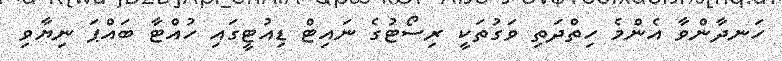
ހަނދާންވާ އެންމެ ހިތްދަތި ވަގުތަކީ ރިސޯޓުގެ ނައިޓް ޑިއުޓީގައި ހުއްޓާ ބައްޕަ ނިޔާވި